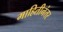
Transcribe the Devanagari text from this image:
माहितीनंतर